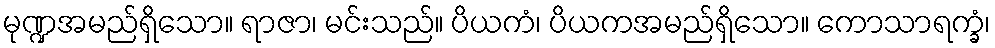
မုဏ္ဍအမည်ရှိသော။ ရာဇာ၊ မင်းသည်။ ပိယကံ၊ ပိယကအမည်ရှိသော။ ကောသာရက္ခံ၊